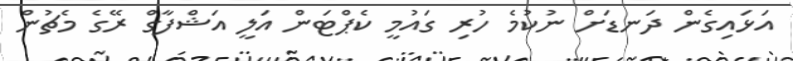
އަޅައިގެން ދަނޑަށް ނުކުމެ ހުރި ގައުމީ ކެޕްޓަން އަލީ އަޝްފާގް ރޭގެ މެޗުން